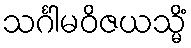
သင်္ဂါမဝိဇယသ္မိံ